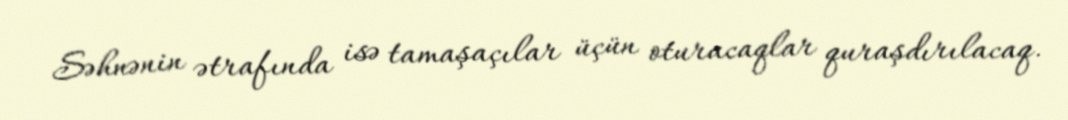
Səhnənin ətrafında isə tamaşaçılar üçün oturacaqlar quraşdırılacaq.